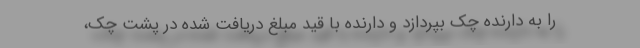
را به دارنده چک بپردازد و دارنده با قید مبلغ دریافت شده در پشت چک،